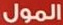
المول